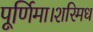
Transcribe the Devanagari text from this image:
पूर्णिमा।शरिमध